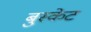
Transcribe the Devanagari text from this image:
बुस्केट